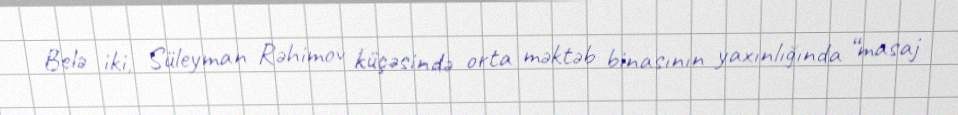
Belə iki, Süleyman Rəhimov küçəsində orta məktəb binasının yaxınlığında “masaj